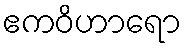
ဧကဝိဟာရော